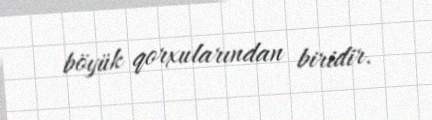
böyük qorxularından biridir.